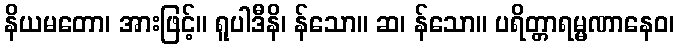
နိယမတော၊ အားဖြင့်။ ရူပါဒီနိ၊ န်သော။ ဆ၊ န်သော။ ပရိတ္တာရမ္မဏာနေဝ၊